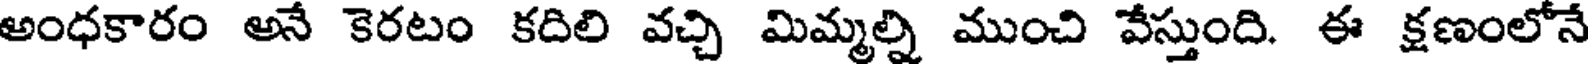
అంధకారం అనే కెరటం కదిలి వచ్చి మిమ్మల్ని ముంచి వేస్తుంది. ఈ క్షణంలోనే